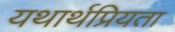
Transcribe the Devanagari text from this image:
यथार्थप्रियता